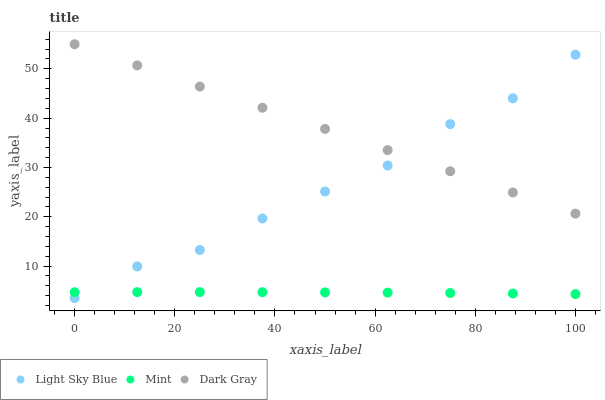
| xaxis_label | Light Sky Blue | Mint | Dark Gray |
 | --- | --- | --- | --- |
 | 0 | 3.51 | 4.7 | 55 |
 | 12.5 | 9.93 | 4.72 | 50.7 |
 | 25 | 13.3 | 4.72 | 46.4 |
 | 37.5 | 19.7 | 4.7 | 42.1 |
 | 50 | 25.1 | 4.67 | 37.8 |
 | 62.5 | 30.4 | 4.61 | 33.5 |
 | 75 | 38.8 | 4.54 | 29.2 |
 | 87.5 | 44 | 4.44 | 24.9 |
 | 100 | 52.9 | 4.32 | 20.6 |